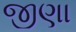
જીણા